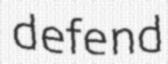
defend